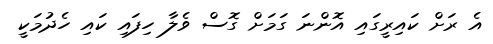
އެ ރަށް ކައިރީގައި އޮންނަ ގަމަށް ގޮސް ވެލާ ހިފައި ކައި ހެދުމަކީ